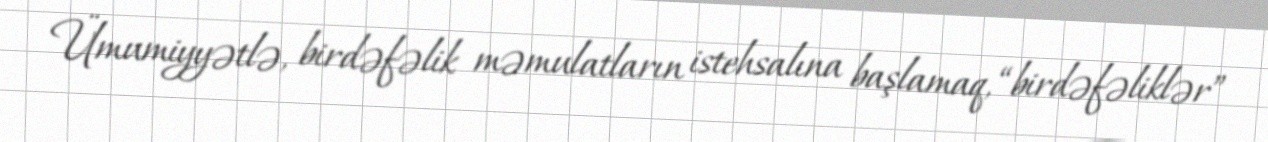
Ümumiyyətlə, birdəfəlik məmulatların istehsalına başlamaq, “birdəfəliklər”